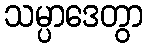
သမ္ပာဒေတွာ